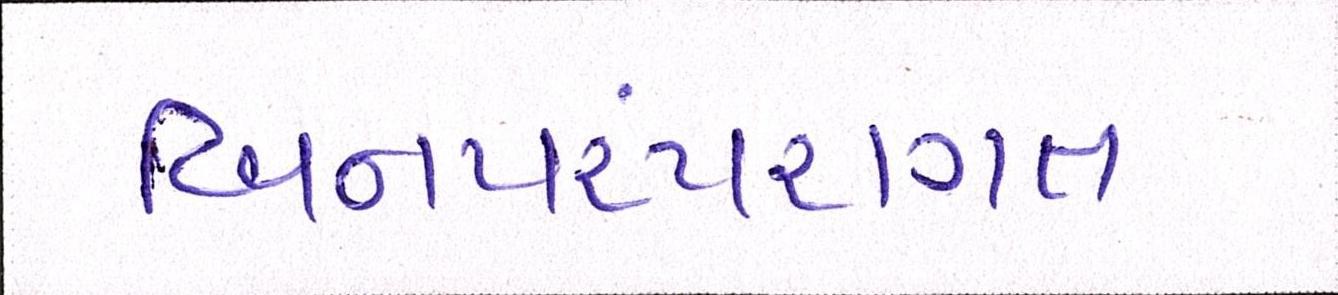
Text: બિનપરંપરાગત